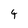
Character: 4